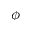
\phi